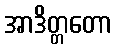
အာဒိတ္တတော